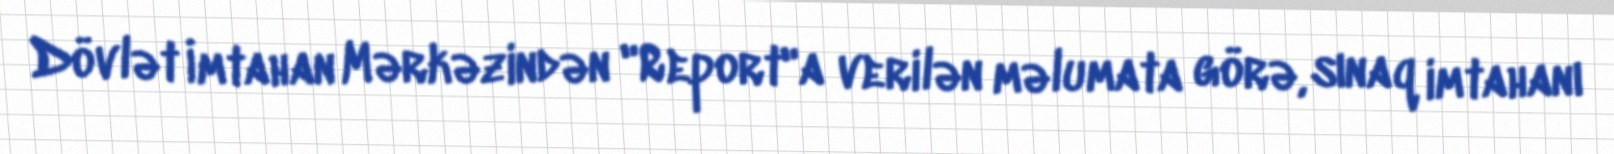
Dövlət İmtahan Mərkəzindən "Report"a verilən məlumata görə, sınaq imtahanı